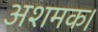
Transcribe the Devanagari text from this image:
अशमक।